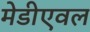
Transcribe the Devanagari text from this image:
मेडीएवल